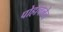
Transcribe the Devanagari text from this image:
पोहोचलेच